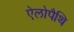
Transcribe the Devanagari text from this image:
ऐलोपैथि